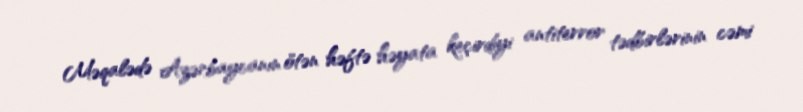
Məqalədə Azərbaycanın ötən həftə həyata keçirdiyi antiterror tədbirlərinin cəmi